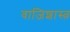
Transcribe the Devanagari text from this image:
वाजिशास्त्र